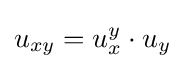
u_{xy}=u_{x}^{y}\cdot u_{y}